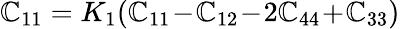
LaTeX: \mathbb{C}_{11}=K_{1}(\mathbb{C}_{11}\! -\! \mathbb{C}_{12}\! -\! 2\mathbb{C}_{44}\! +\! \mathbb{C}_{33})